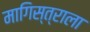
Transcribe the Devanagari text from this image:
मागिस्त्राला